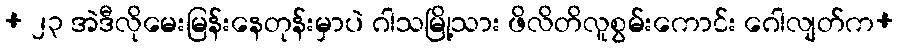
+ ၂၃ အဲဒီလိုမေးမြန်းနေတုန်းမှာပဲ ဂါသမြို့သား ဖိလိတိလူစွမ်းကောင်း ဂေါလျတ်က+